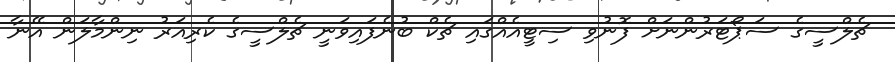
ޗެލްސީގެ ސަޕޯޓަރުންނަށް ފޮނުވި ސިޓީއެއްގައި ޗެކް ބުނެފައިވަނީ ޗެލްސީގެ ކެރިއަރު ނިންމާލަން އޭނާ